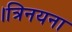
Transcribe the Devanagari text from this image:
।त्रिनयना